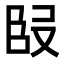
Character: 𭆬